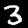
Label: 3